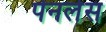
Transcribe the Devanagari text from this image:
पेनलेस